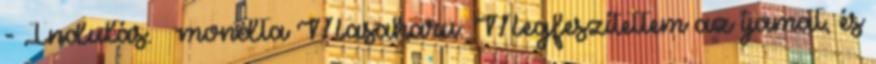
- Indulás. – mondta Masaharu. Megfeszítettem az íjamat, és